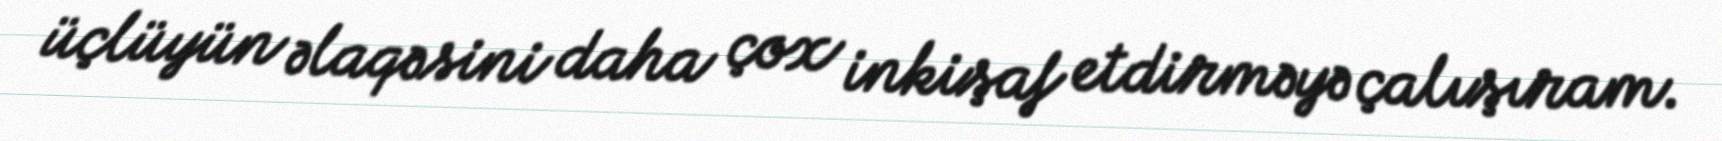
üçlüyün əlaqəsini daha çox inkişaf etdirməyə çalışıram.